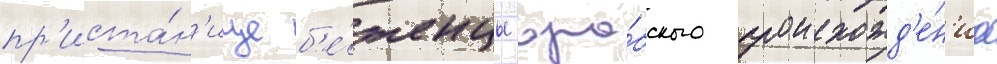
пр'иста́н'ище б'е́женцы ара́бского происхожд'е́н'иа